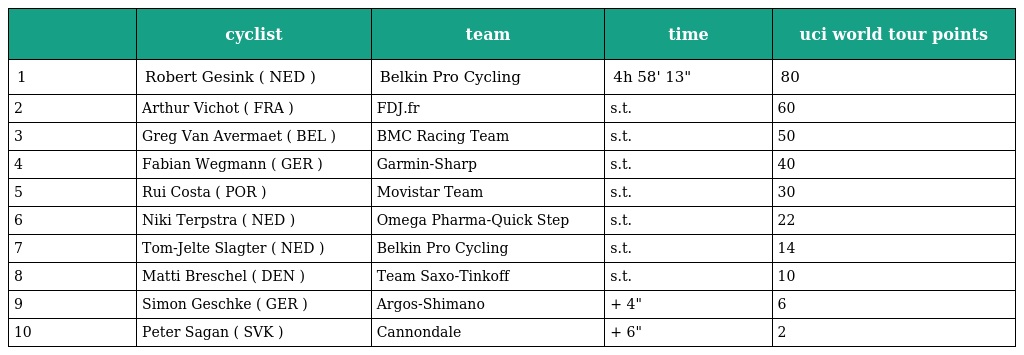
|  | cyclist | team | time | uci world tour points |
 | --- | --- | --- | --- | --- |
 | 1 | Robert Gesink ( NED ) | Belkin Pro Cycling | 4h 58' 13" | 80 |
 | 2 | Arthur Vichot ( FRA ) | FDJ.fr | s.t. | 60 |
 | 3 | Greg Van Avermaet ( BEL ) | BMC Racing Team | s.t. | 50 |
 | 4 | Fabian Wegmann ( GER ) | Garmin-Sharp | s.t. | 40 |
 | 5 | Rui Costa ( POR ) | Movistar Team | s.t. | 30 |
 | 6 | Niki Terpstra ( NED ) | Omega Pharma-Quick Step | s.t. | 22 |
 | 7 | Tom-Jelte Slagter ( NED ) | Belkin Pro Cycling | s.t. | 14 |
 | 8 | Matti Breschel ( DEN ) | Team Saxo-Tinkoff | s.t. | 10 |
 | 9 | Simon Geschke ( GER ) | Argos-Shimano | + 4" | 6 |
 | 10 | Peter Sagan ( SVK ) | Cannondale | + 6" | 2 |